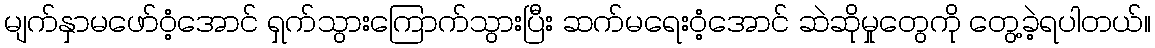
မျက်နှာမဖော်ဝံ့အောင် ရှက်သွားကြောက်သွားပြီး ဆက်မရေးဝံ့အောင် ဆဲဆိုမှုတွေကို တွေ့ခဲ့ရပါတယ်။